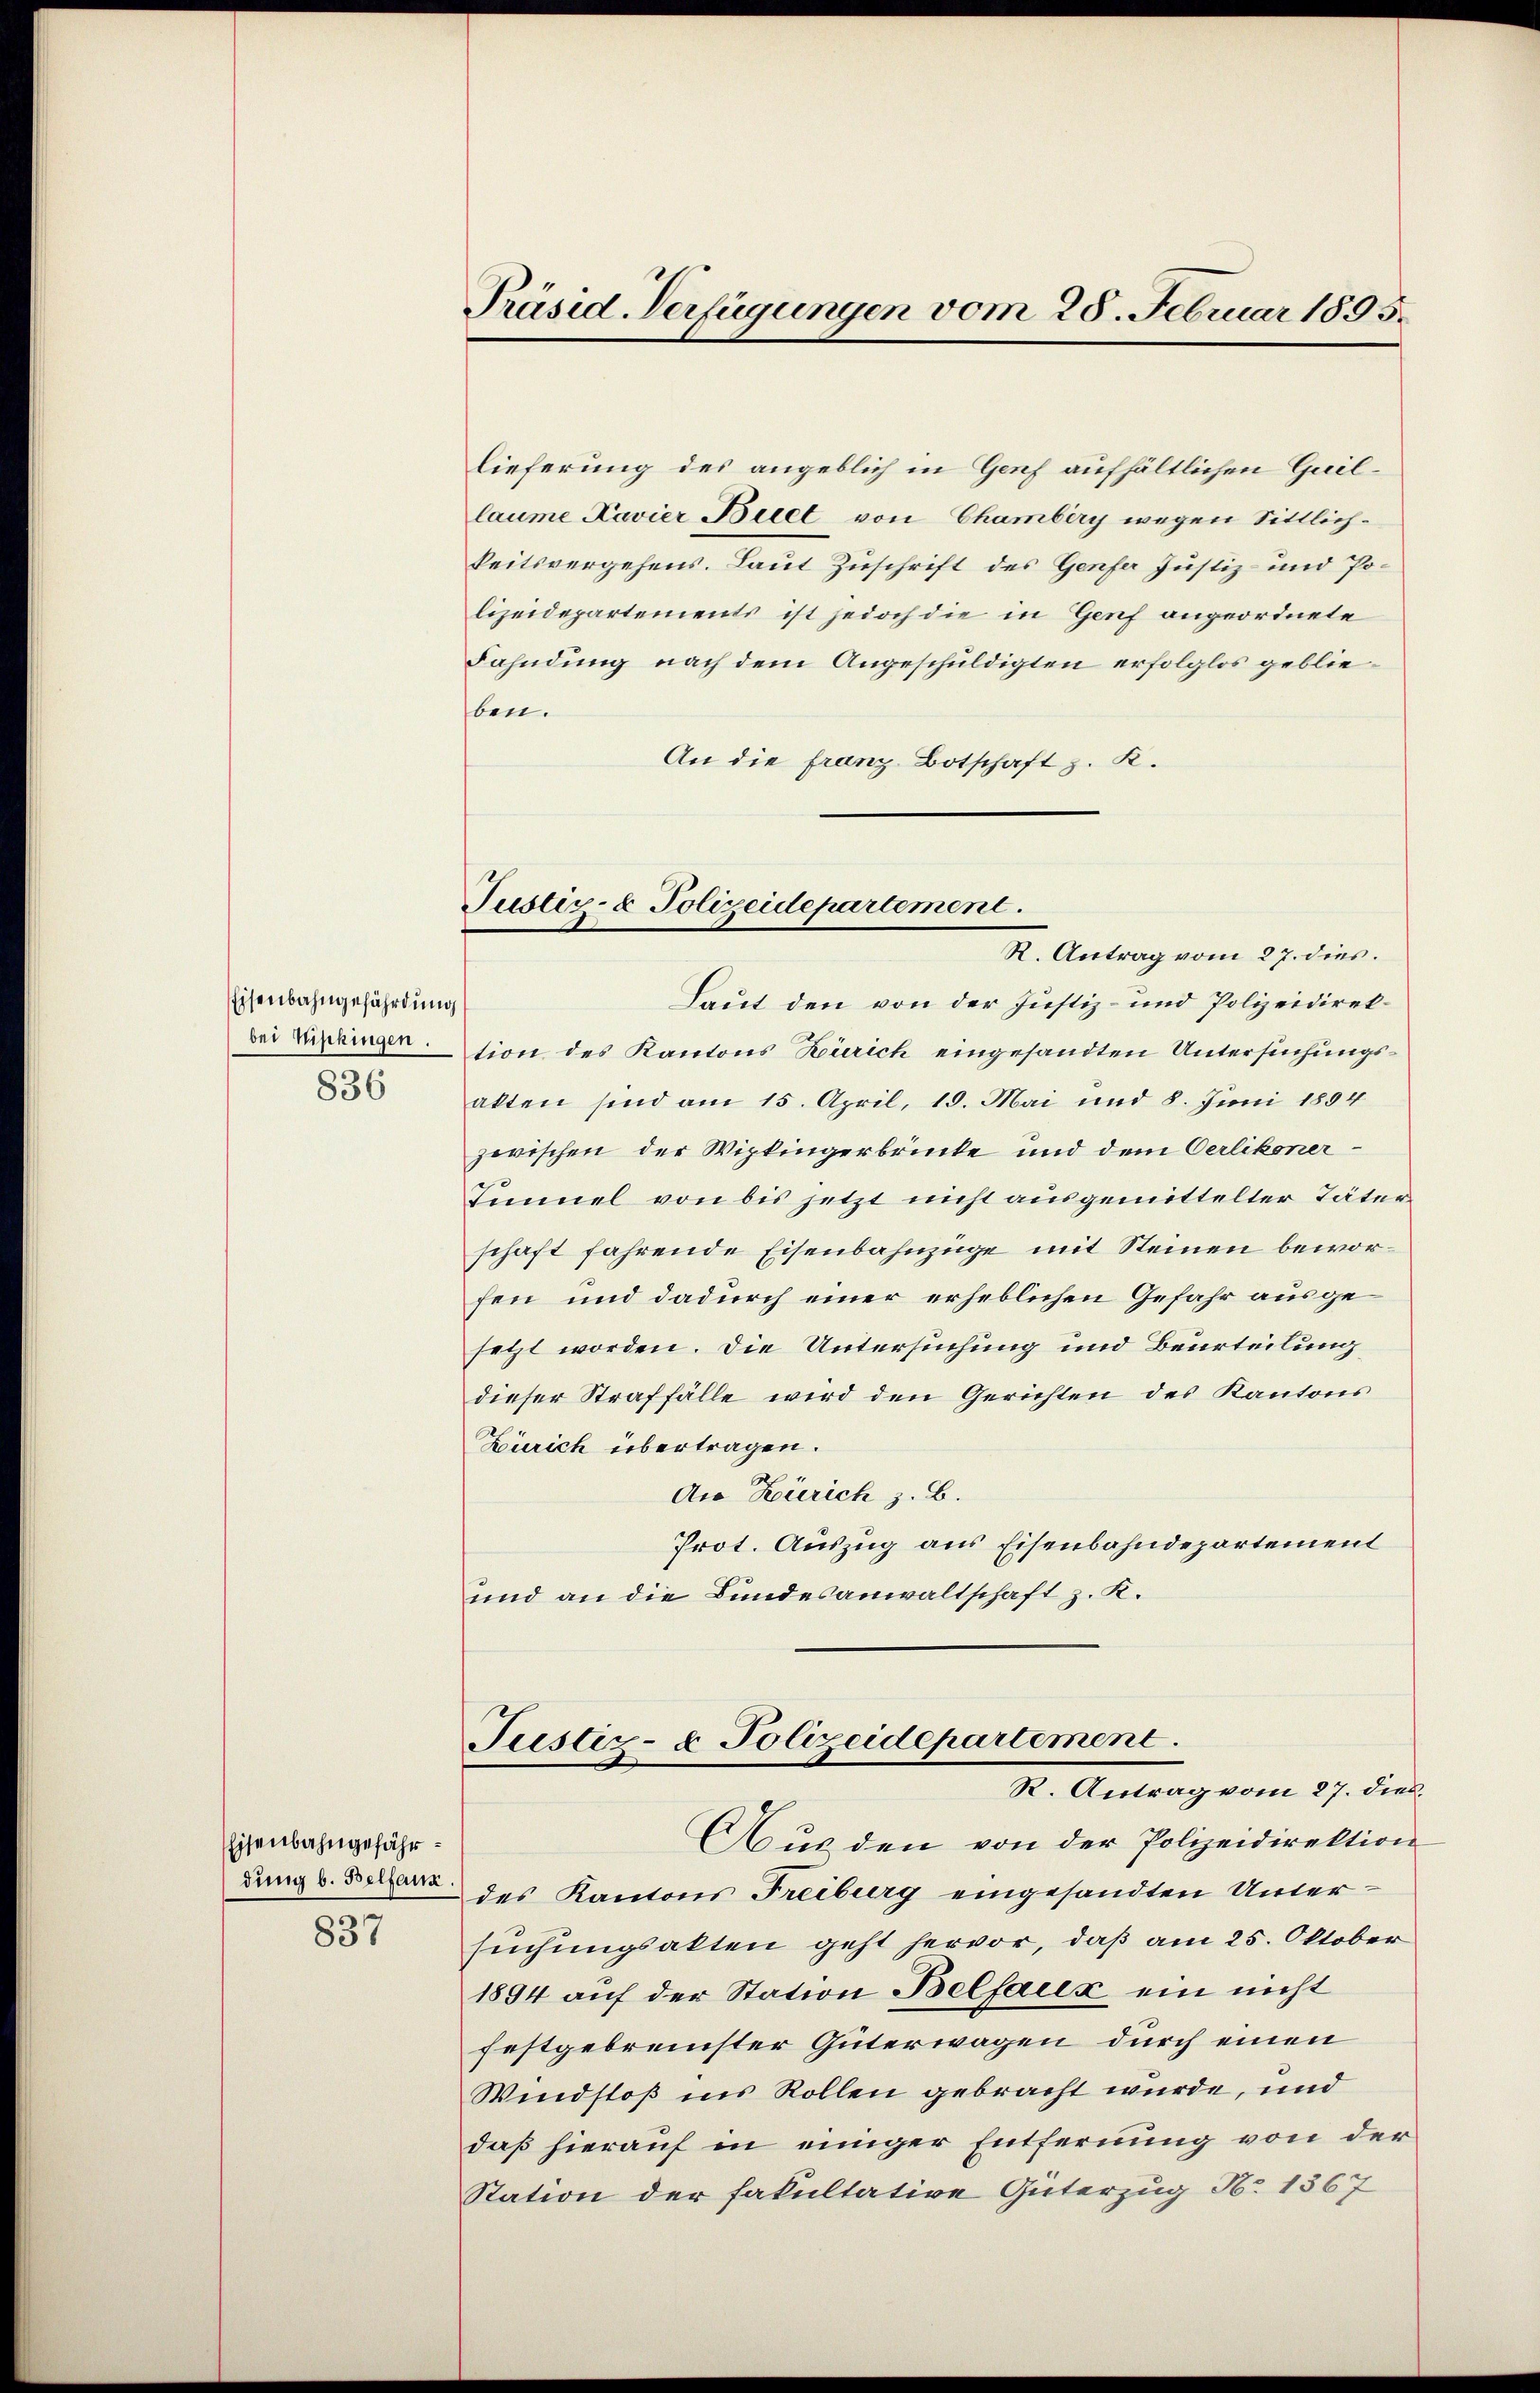
Eisenbahngefährdung
bei Wipkingen.
836

Eisenbahngefähr¬
837

lieferung des angeblich in Genf aufhältlichen Gaillaume Navier Biel von Chamberg wegen Sittlichkeitsvergehens. Laut Zuschrift des Genfer Justiz- und Polizeidepartements ist jedoch die in Genf angeordnete
Fahndung nach dem Angeschuldigten erfolglos geblieben.
An die franz Botschaft z. K.
Laut den von der Justiz- und Polizeidirektion des Kantons Zürich eingesandten Untersuchungsakten sind am 15. April, 15. Mai und 8. Juni 1894
zwischen der Wipkingerbrücke und dem Oerlikoner¬
Iinuel von bis jetzt nicht ausgemittelter Täter
schaft fahrende Eisenbahnzüge mit Steinen beworfen und dadurch einer erheblichen Gefahr ausgesetzt worden. Die Untersuchung und Beurteilung
dieser Straffälle wird den Gerichten des Kantons
Zürich übertragen.
11
An Zürich z. B.
Prot. Auszug aus Eisenbahndepartement
und an die Bundesanwaltschaft z. K.
Justiz- & Polizeidepartement.
R. Antrag vom 27. dies
Aus den von der Polizeidirektion
gung v. des Kantons Freiburg eingesandten Untersuchungsakten geht hervor, daß am 25. Oktober
1894 auf der Station Belfaix ein nicht
festgebremster Güterwagen durch einen
Windstoß ins Rollen gebracht wurde, und
daß hierauf in einiger Entfernung von der
Station der Fakultative Güterzug No 1567

Präsid. Verfügungen vom 28. Februar 1895.

Justiz- & Polizeidepartement.
R. Antrag vom 27. dies.